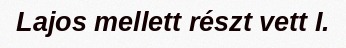
Lajos mellett részt vett I.